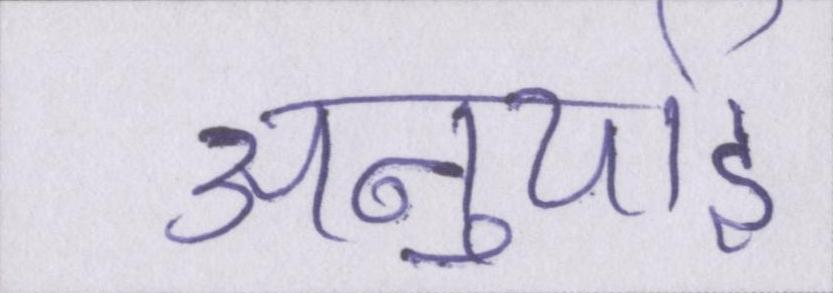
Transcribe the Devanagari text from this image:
अनुयाई